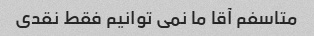
متاسفم آقا ما نمی توانیم فقط نقدی